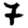
Digit: 7